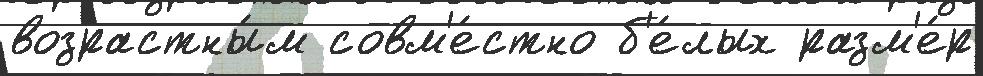
возрастны́м совм'е́стно б'е́лых разм'е́р